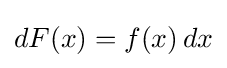
dF(x)=f(x)\,dx